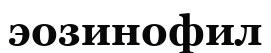
эозинофил